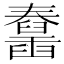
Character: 𦦱